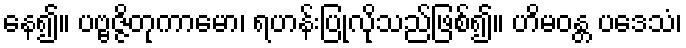
နေ၍။ ပဗ္ဗဇ္ဇိတုကာမော၊ ရဟန်းပြုလိုသည်ဖြစ်၍။ ဟိမဝန္တ ပဒေသံ၊